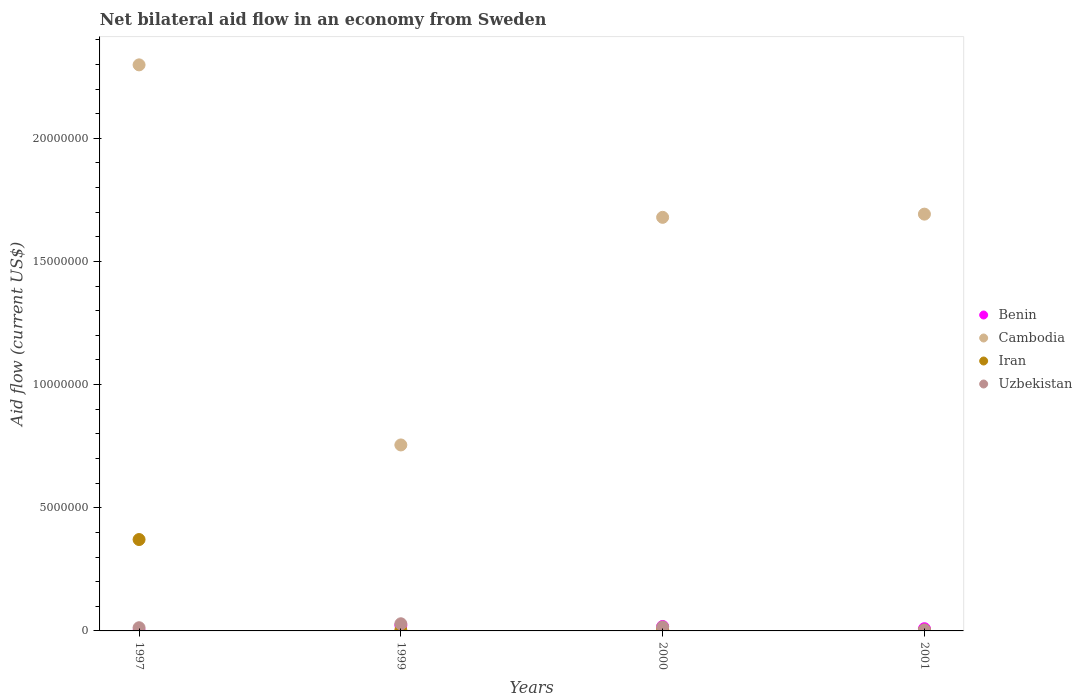
| Years | Benin | Cambodia | Iran | Uzbekistan |
 | --- | --- | --- | --- | --- |
 | 1997 | 1e+04 | 2.3e+07 | 3.71e+06 | 1.3e+05 |
 | 1999 | 2.3e+05 | 7.55e+06 | 3e+04 | 2.9e+05 |
 | 2000 | 1.8e+05 | 1.68e+07 | 6e+04 | 1.6e+05 |
 | 2001 | 9e+04 | 1.69e+07 | 3e+04 | 4e+04 |